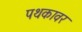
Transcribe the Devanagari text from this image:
पथकावर